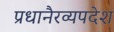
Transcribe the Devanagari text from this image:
प्रधानैरव्यपदेश